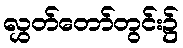
လွှတ်တော်တွင်း၌